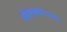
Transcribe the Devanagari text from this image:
श्रीलक्ष्मणनगर